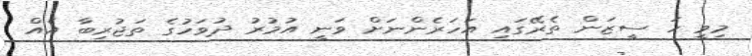
މިވީ ހަ ސީޒަން ތެރޭގައި އަހަރެންނަށް ވަނީ އުމުރު ދުވަހުގެ ތަޖުރިބާ އެއް